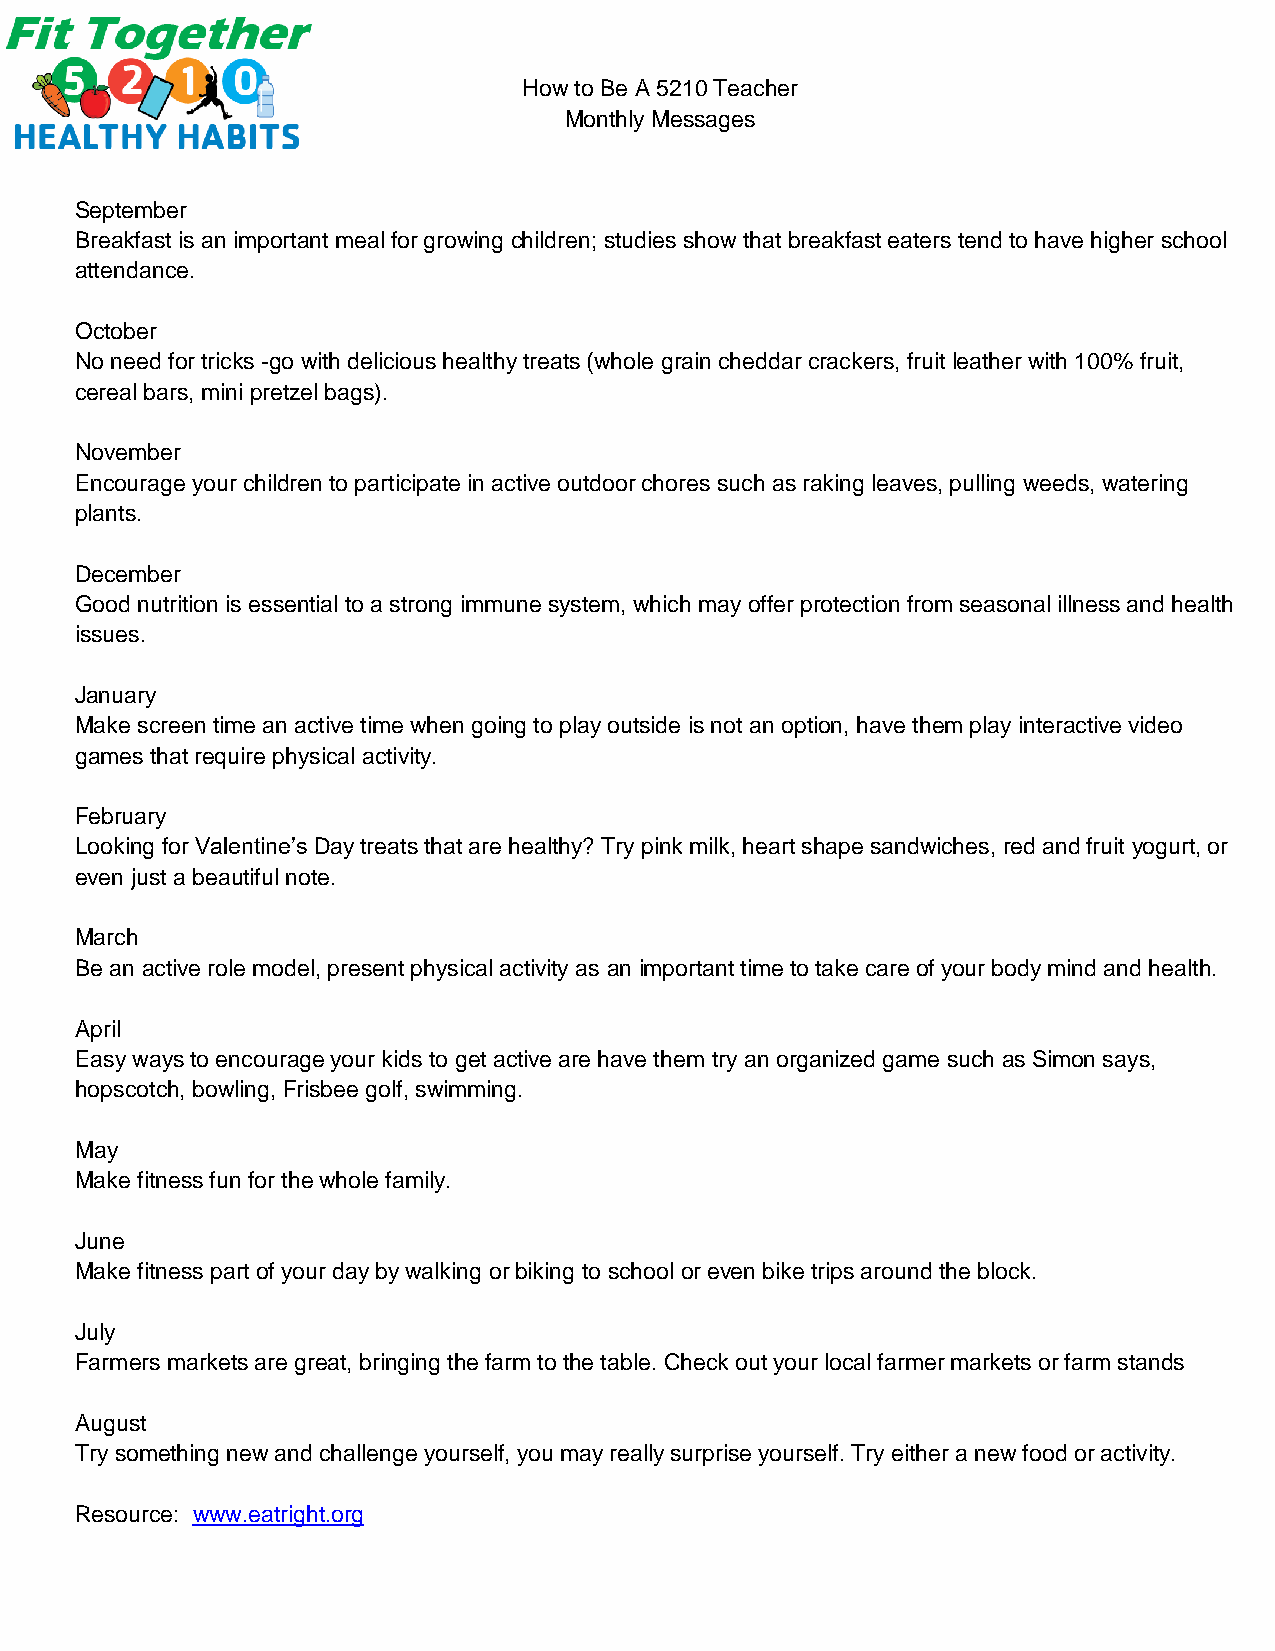
How to Be A 5210 Teacher
 Monthly Messages
 September
 Breakfast is an important meal for growing children; studies show that breakfast eaters tend to have higher school
 attendance.
 October
 No need for tricks -go with delicious healthy treats (whole grain cheddar crackers, fruit leather with 100% fruit,
 cereal bars, mini pretzel bags).
 November
 Encourage your children to participate in active outdoor chores such as raking leaves, pulling weeds, watering
 plants.
 December
 Good nutrition is essential to a strong immune system, which may offer protection from seasonal illness and health
 issues.
 January
 Make screen time an active time when going to play outside is not an option, have them play interactive video
 games that require physical activity.
 February
 Looking for Valentine’s Day treats that are healthy? Try pink milk, heart shape sandwiches, red and fruit yogurt, or
 even just a beautiful note.
 March
 Be an active role model, present physical activity as an important time to take care of your body mind and health.
 April
 Easy ways to encourage your kids to get active are have them try an organized game such as Simon says,
 hopscotch, bowling, Frisbee golf, swimming.
 May
 Make fitness fun for the whole family.
 June
 Make fitness part of your day by walking or biking to school or even bike trips around the block.
 July
 Farmers markets are great, bringing the farm to the table. Check out your local farmer markets or farm stands
 August
 Try something new and challenge yourself, you may really surprise yourself. Try either a new food or activity.
 Resource: www.eatright.org